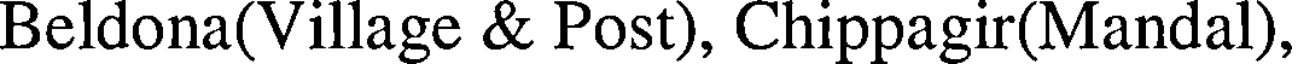
Beldona(Village & Post), Chippagir(Mandal),